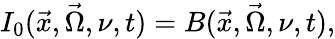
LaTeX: I_{0}(\vec{x},\vec{\Omega},\nu,t)=B(\vec{x},\vec{\Omega},\nu,t),